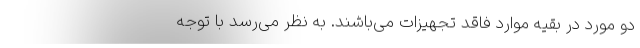
دو مورد در بقیه موارد فاقد تجهیزات می‌باشند. به نظر می‌رسد با توجه